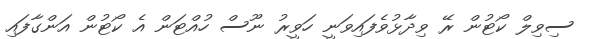
ސިވިލް ކޯޓުން ރޭ ވިދާޅުވެފައިވަނީ ހަވީރު ނޫސް ހުއްޓަން އެ ކޯޓުން އަންގާފައި